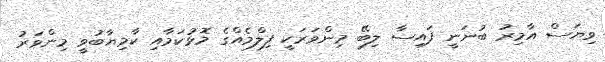
ވިޔަސް އާމިރު ބުނަނީ ފައިސާ ލިބޭ މިންވަރަކީ ފިލްމެއްގެ މޮޅުކަމާއި ކާމިޔާބުވީ މިންވަރު